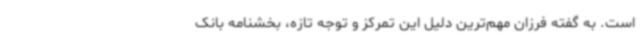
است. به گفته فرزان مهم‌ترین دلیل این تمرکز و توجه تازه، بخشنامه بانک